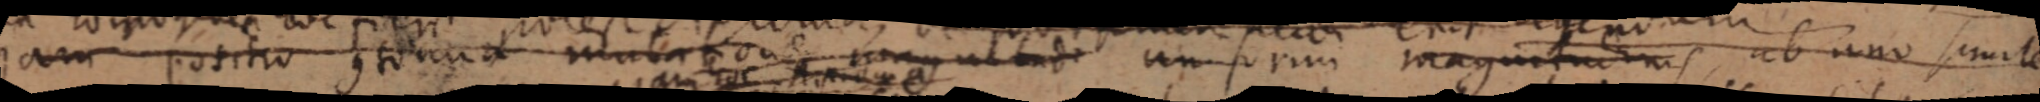
potitio sd mubaou ultut unsorim magus abuno simile